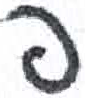
אות: פ